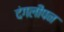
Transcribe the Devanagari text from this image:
दंगलीपन